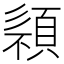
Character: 𩓄